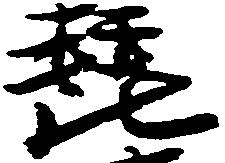
琵